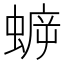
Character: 蝷